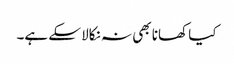
کیا کھانا بھی نہ نکالا سکے ہے۔